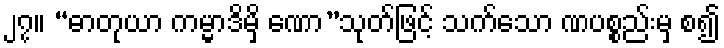
၂၇။ “ဓာတုယာ ကမ္မာဒိမှိ ဏော”သုတ်ဖြင့် သက်သော ဏပစ္စည်းမှ စ၍